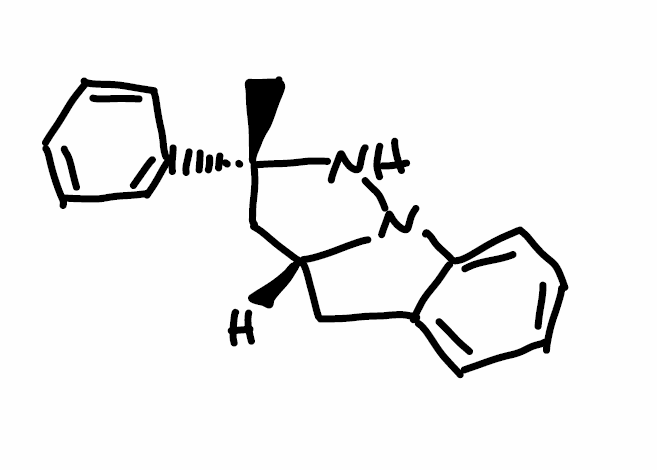
Simplified molecular-input line-entry system (SMILES) notation of the given molecule:
C[C@@]1(C[C@H]2CC3=CC=CC=C3N2N1)C4=CC=CC=C4